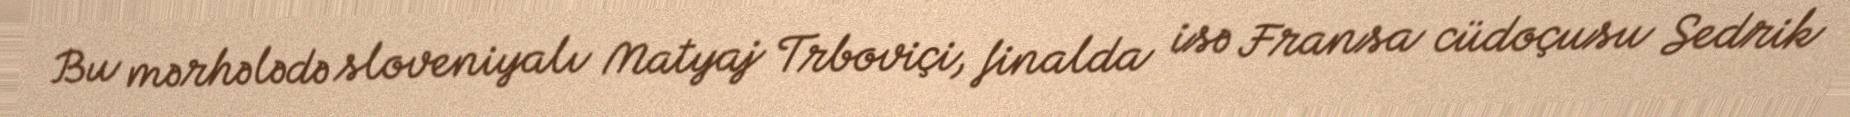
Bu mərhələdə sloveniyalı Matyaj Trboviçi, finalda isə Fransa cüdoçusu Sedrik